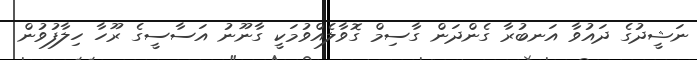
ނަޝީދުގެ ދައުވާ އަނބުރާ ގެންދަން ގާސިމް ގޮވާލެއްވުމަކީ ގާނޫނު އަސާސީގެ ރޫހާ ހިލާފުވުން